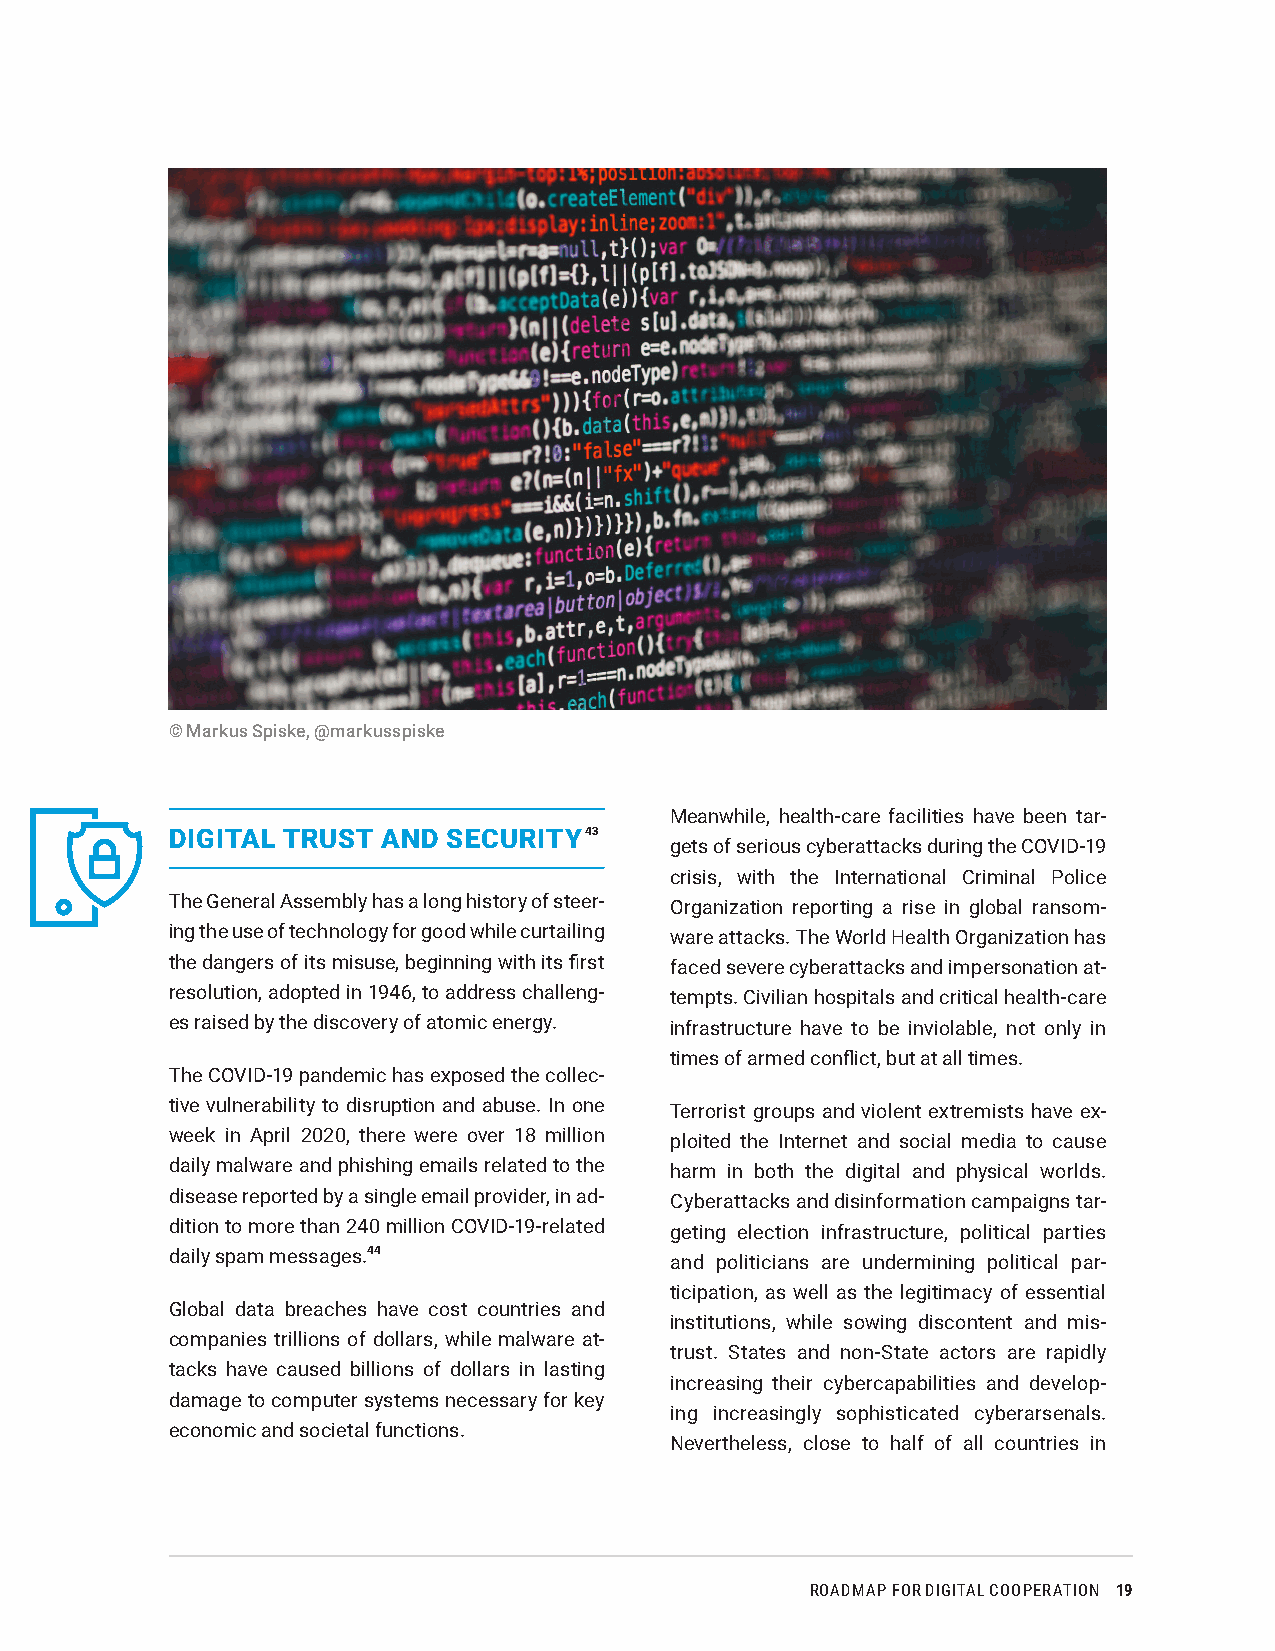
© Markus Spiske, @markusspiske
 Meanwhile, health-care facilities have been tar-
 DIGITAL TRUST AND  SECURITY 43
 gets of serious cyberattacks during the COVID-19
 crisis, with the International Criminal Police
 The General Assembly has a long history of steer- Organization reporting a rise in global ransom-
 ing the use of technology for good while curtailing ware attacks. The World Health Organization has
 the dangers of its misuse, beginning with its first faced severe cyberattacks and impersonation at-
 resolution, adopted in 1946, to address challeng- tempts. Civilian hospitals and critical health-care
 es raised by the discovery of atomic energy. infrastructure have to be inviolable, not only in
 times of armed conflict, but at all times.
 The COVID-19 pandemic has exposed the collec-
 tive vulnerability to disruption and abuse. In one Terrorist groups and violent extremists have ex-
 week in April 2020, there were over 18 million ploited the Internet and social media to cause
 daily malware and phishing emails related to the harm in both the digital and physical worlds.
 disease reported by a single email provider, in ad- Cyberattacks and disinformation campaigns tar-
 dition to more than 240 million COVID-19-related geting election infrastructure, political parties
 daily spam messages.44           and politicians are undermining political par-
 ticipation, as well as the legitimacy of essential
 Global data breaches have cost countries and
 institutions, while sowing discontent and mis-
 companies trillions of dollars, while malware at-
 trust. States and non-State actors are rapidly
 tacks have caused billions of dollars in lasting
 increasing their cybercapabilities and develop-
 damage to computer systems necessary for key
 ing increasingly sophisticated cyberarsenals.
 economic and societal functions.
 Nevertheless, close to half of all countries in
 ROADMAP FOR DIGITAL COOPERATION 19